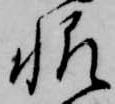
帆